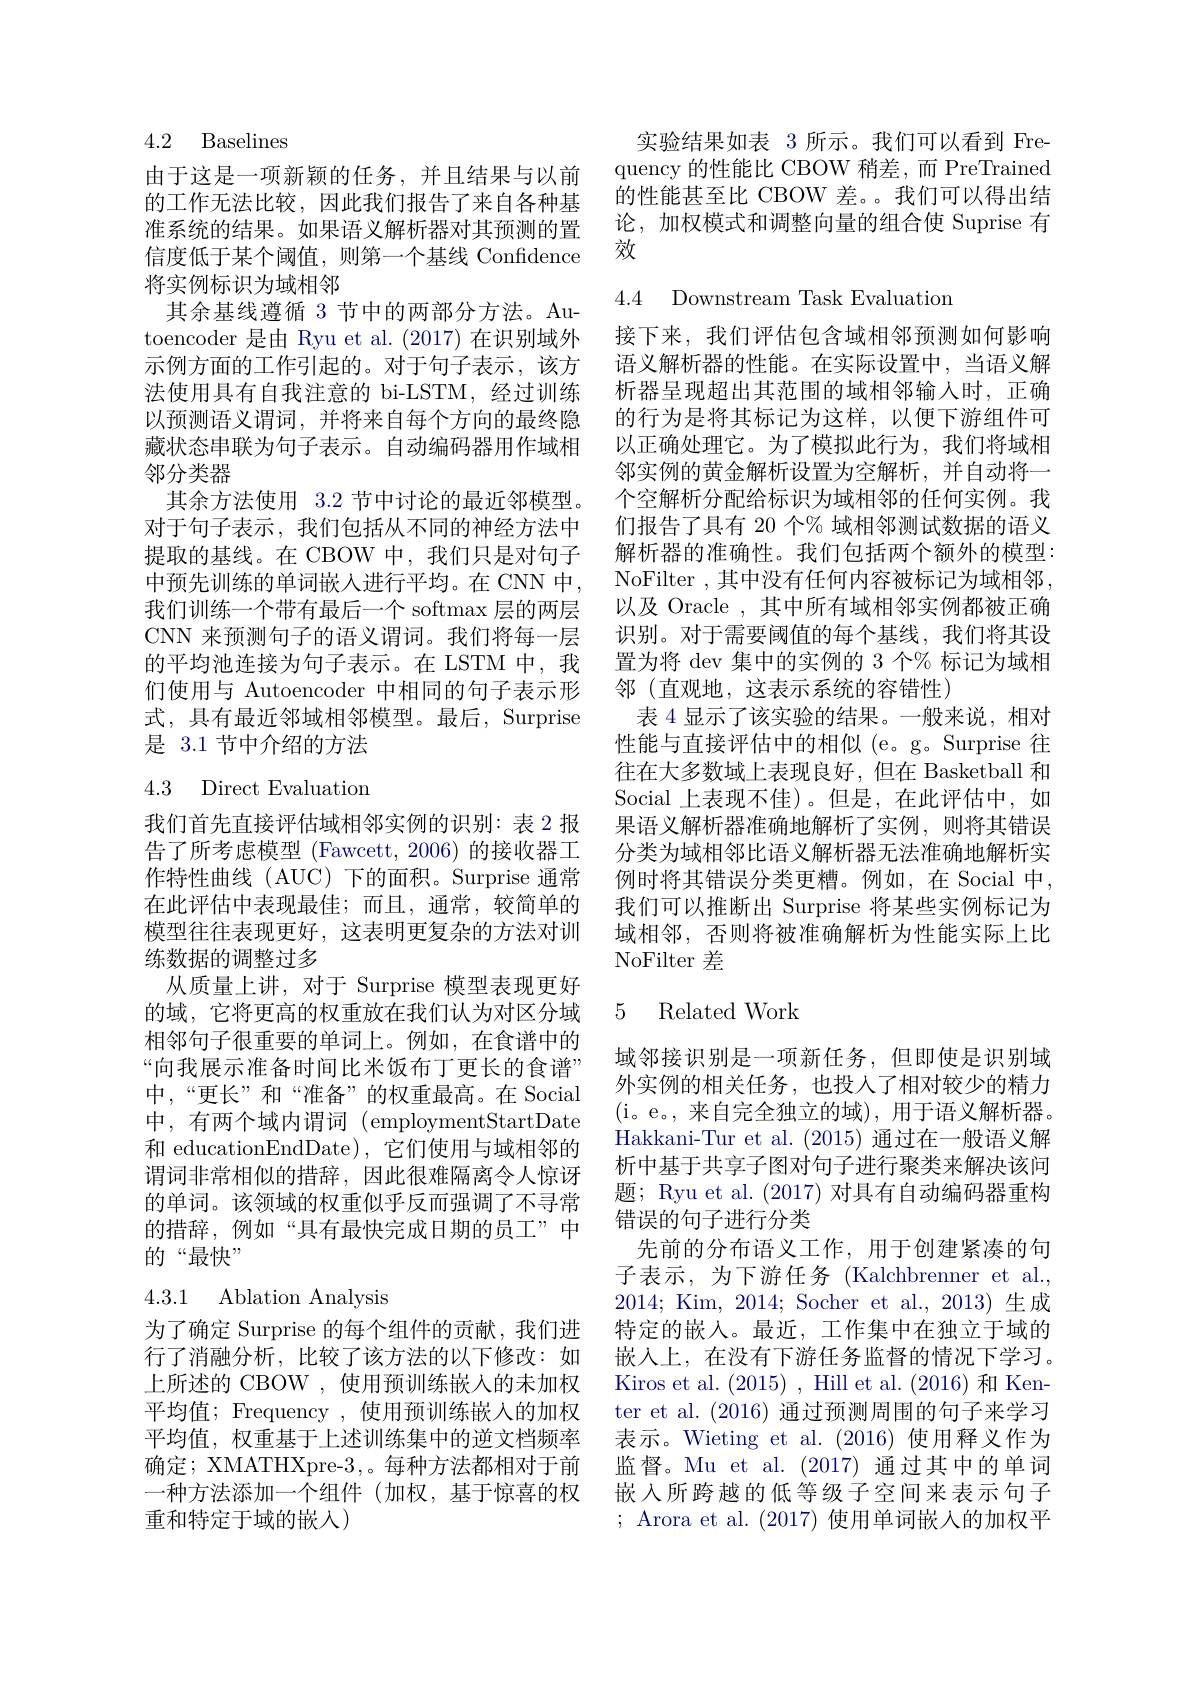
4.2 Baselines

由于这是一项新颖的任务，并且结果与以前的工作无法比较，因此我们报告了来自各种基准系统的结果。如果语义解析器对其预测的置信度低于某个阈值，则第一个基线 Confidence 将实例标识为域相邻
其余基线遵循 3 节中的两部分方法。Autoencoder 是由 Ryu et al. (2017) 在识别域外示例方面的工作引起的。对于句子表示，该方法使用具有自我注意的 bi-LSTM, 经过训练以预测语义谓词，并将来自每个方向的最终隐藏状态串联为句子表示。自动编码器用作域相邻分类器
其余方法使用 3.2 节中讨论的最近邻模型。对于句子表示，我们包括从不同的神经方法中提取的基线。在 CBOW 中，我们只是对句子中预先训练的单词嵌入进行平均。在 CNN 中， 我们训练一个带有最后一个 softmax 层的两层CNN 来预测句子的语义谓词。我们将每一层的平均池连接为句子表示。在 LSTM 中，我们使用与 Autoencoder 中相同的句子表示形式，具有最近邻域相邻模型。最后，Surprise 是 3.1 节中介绍的方法

4.3 Direct Evaluation

我们首先直接评估域相邻实例的识别：表 2 报告了所考虑模型 (Fawcett,2006)的接收器工作特性曲线(AUC)下的面积。Surprise 通常在此评估中表现最佳；而且，通常，较简单的模型往往表现更好，这表明更复杂的方法对训练数据的调整过多
从质量上讲，对于 Surprise 模型表现更好的域，它将更高的权重放在我们认为对区分域相邻句子很重要的单词上。例如，在食谱中的“向我展示准备时间比米饭布丁更长的食谱” 中，“更长”和“准备”的权重最高。在 Social 中，有两个域内谓词 (employmentStartDate 和 educationEndDate), 它们使用与域相邻的谓词非常相似的措辞，因此很难隔离令人惊讶的单词。该领域的权重似乎反而强调了不寻常的措辞，例如“具有最快完成日期的员工”中的“最快”

## 4.3.1 Ablation Analysis

为了确定 Surprise 的每个组件的贡献，我们进行了消融分析，比较了该方法的以下修改：如上所述的 CBOW , 使用预训练嵌入的未加权平均值；Frequency , 使用预训练嵌入的加权平均值，权重基于上述训练集中的逆文档频率确定；XMATHXpre-3 , 。每种方法都相对于前一种方法添加一个组件(加权，基于惊喜的权重和特定于域的嵌入)

实验结果如表 3 所示。我们可以看到 Frequency 的性能比 CBOW 稍差，而 PreTrained 的性能甚至比 CBOW 差。。我们可以得出结论，加权模式和调整向量的组合使 Suprise 有效

4.4 Downstream Task Evaluation

接下来，我们评估包含域相邻预测如何影响语义解析器的性能。在实际设置中，当语义解析器呈现超出其范围的域相邻输入时，正确的行为是将其标记为这样，以便下游组件可以正确处理它。为了模拟此行为，我们将域相邻实例的黄金解析设置为空解析，并自动将一个空解析分配给标识为域相邻的任何实例。我们报告了具有 20 个% 域相邻测试数据的语义解析器的准确性。我们包括两个额外的模型： NoFilter , 其中没有任何内容被标记为域相邻， 以及 Oracle , 其中所有域相邻实例都被正确识别。对于需要阈值的每个基线，我们将其设置为将 dev 集中的实例的 3 个% 标记为域相邻(直观地，这表示系统的容错性)
表 4 显示了该实验的结果。一般来说，相对性能与直接评估中的相似(e。g。Surprise 往往在大多数域上表现良好，但在 Basketball 和Social 上表现不佳)。但是，在此评估中，如果语义解析器准确地解析了实例，则将其错误分类为域相邻比语义解析器无法准确地解析实例时将其错误分类更糟。例如，在 Social 中， 我们可以推断出 Surprise 将某些实例标记为域相邻，否则将被准确解析为性能实际上比NoFilter 差

## 5 Related Work

域邻接识别是一项新任务，但即使是识别域外实例的相关任务，也投入了相对较少的精力(i。e。,来自完全独立的域),用于语义解析器。Hakkani-Tur et al. (2015)通过在一般语义解析中基于共享子图对句子进行聚类来解决该问题；Ryu et al. (2017)对具有自动编码器重构错误的句子进行分类
先前的分布语义工作，用于创建紧凑的句子表示，为下游任务(Kalchbrenner et al., 2014; Kim, 2014; Socher et al., 2013) 生成特定的嵌入。最近，工作集中在独立于域的嵌入上，在没有下游任务监督的情况下学习。Kiros et al. (2015), Hill et al. (2016)和 Kenter et al. (2016) 通过预测周围的句子来学习表示。Wieting et al.(2016)使用释义作为监督。Mu et al. (2017)通过其中的单词嵌入所跨越的低等级子空间来表示句子; Arora et al. (2017) 使用单词嵌入的加权平